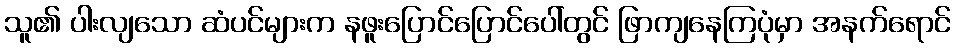
သူ၏ ပါးလျသော ဆံပင်များက နဖူးပြောင်ပြောင်ပေါ်တွင် ဖြာကျနေကြပုံမှာ အနက်ရောင်